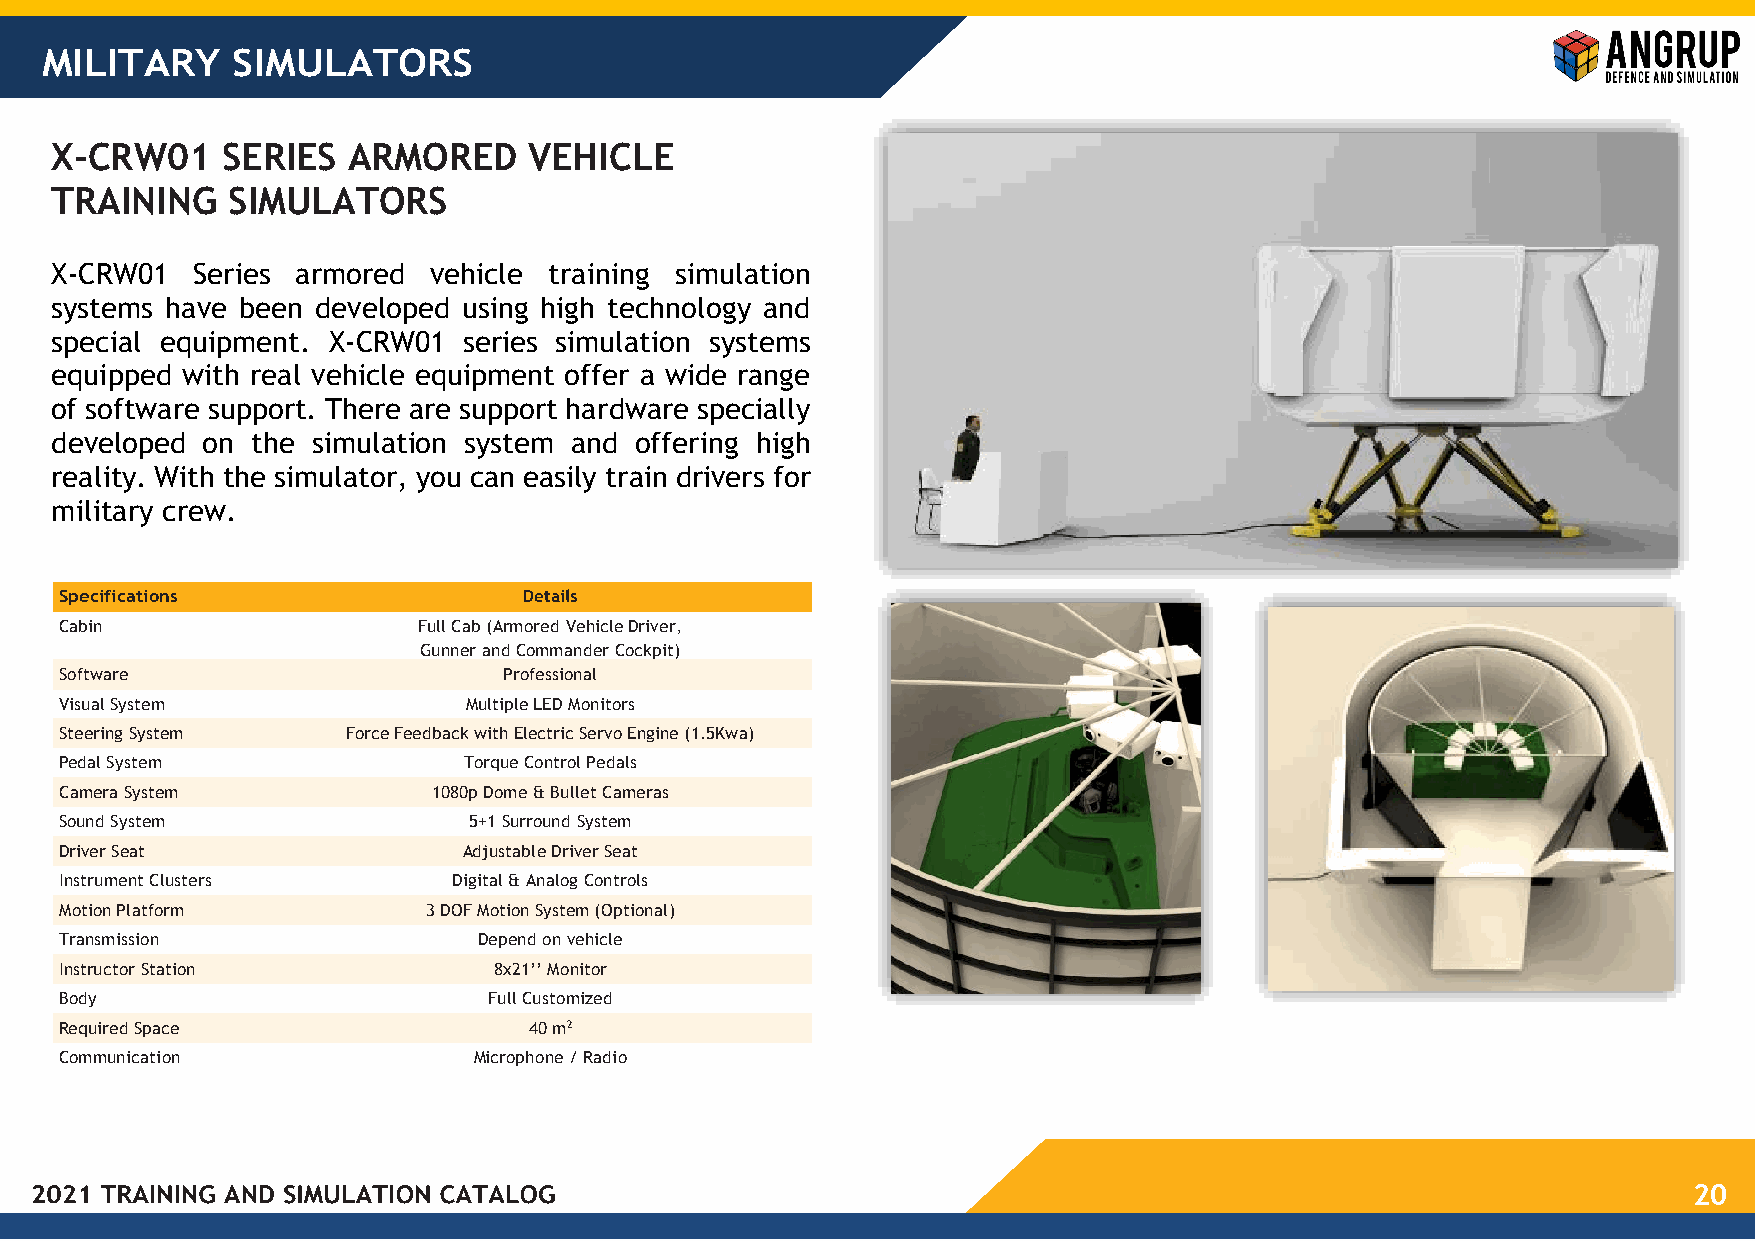
MILITARY    SIMULATORS
 X-CRW01     SERIES  ARMORED     VEHICLE
 TRAINING    SIMULATORS
 X-CRW01   Series armored vehicle training simulation
 systems have been developed using high technology and
 special equipment. X-CRW01  series simulation systems
 equipped with real vehicle equipment offer a wide range
 of software support. There are support hardware specially
 developed on  the simulation system and offering high
 reality. With the simulator, you can easily train drivers for
 military crew.
 Specifications                 Details
 Cabin                   Full Cab (Armored Vehicle Driver,
 Gunner and Commander Cockpit)
 Software                     Professional
 Visual System              Multiple LED Monitors
 Steering System    Force Feedback with Electric Servo Engine (1.5Kwa)
 Pedal System               Torque Control Pedals
 Camera System            1080p Dome & Bullet Cameras
 Sound System               5+1 Surround System
 Driver Seat                Adjustable Driver Seat
 Instrument Clusters       Digital & Analog Controls
 Motion Platform         3 DOF Motion System (Optional)
 Transmission                Depend on vehicle
 Instructor Station           8x21’’ Monitor
 Body                        Full Customized
 Required Space                 40 m2
 Communication              Microphone / Radio
 20